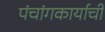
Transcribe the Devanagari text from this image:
पंचांगकार्याची